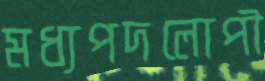
মধ্যপদলোপী